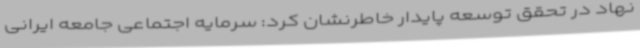
نهاد در تحقق توسعه پایدار خاطرنشان کرد: سرمایه اجتماعی جامعه ایرانی